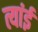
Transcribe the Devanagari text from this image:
त्यांई